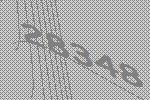
28348